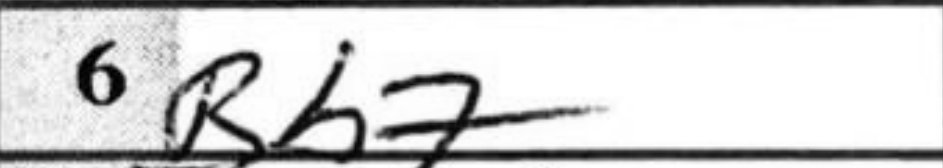
Transcription: Bb7